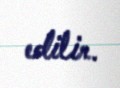
edilir.